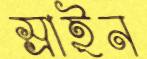
স্রাইন